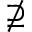
\nsupseteq